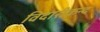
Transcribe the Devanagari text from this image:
विदारीकन्द